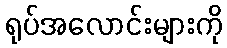
ရုပ်အလောင်းများကို